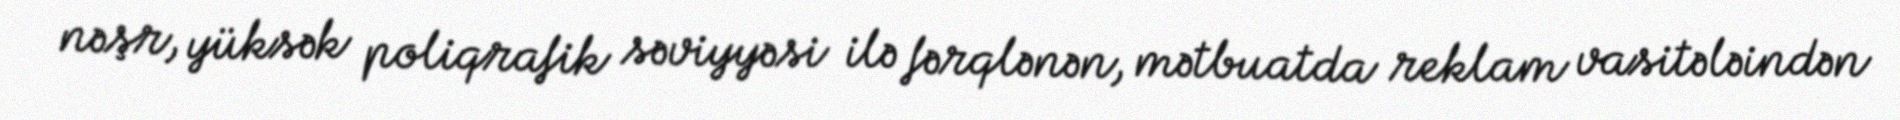
nəşr, yüksək poliqrafik səviyyəsi ilə fərqlənən, mətbuatda reklam vasitələindən